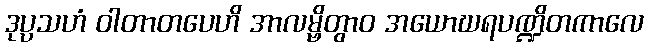
ဒုပ္ပသဟံ ဝါတာတပေဟိ အာလမ္ဗိတွာဝ အယောဃရပဏ္ဍိတကာလေ